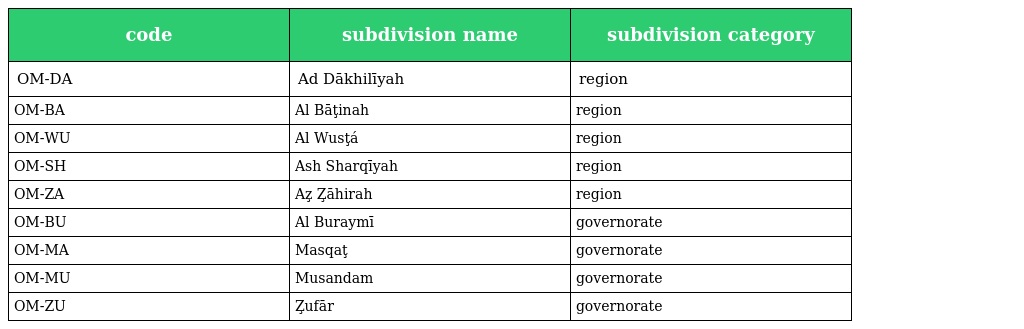
| code | subdivision name | subdivision category |
 | --- | --- | --- |
 | OM-DA | Ad Dākhilīyah | region |
 | OM-BA | Al Bāţinah | region |
 | OM-WU | Al Wusţá | region |
 | OM-SH | Ash Sharqīyah | region |
 | OM-ZA | Az̧ Z̧āhirah | region |
 | OM-BU | Al Buraymī | governorate |
 | OM-MA | Masqaţ | governorate |
 | OM-MU | Musandam | governorate |
 | OM-ZU | Z̧ufār | governorate |